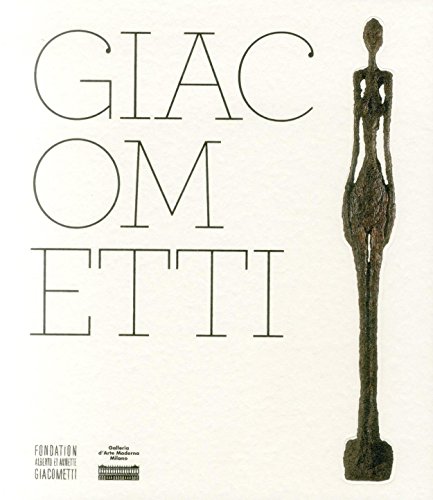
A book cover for Alberto Giacometti; Catherine Grenier; Arts & Photography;